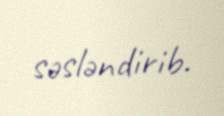
səsləndirib.